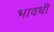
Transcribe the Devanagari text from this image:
भावथी